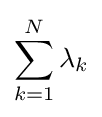
\sum _{k=1}^{N}\lambda _{k}